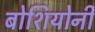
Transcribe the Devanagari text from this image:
बोशियोनी